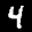
Label: 4